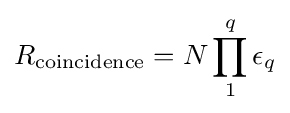
R_{\rm {coincidence}}=N\prod _{1}^{q}\epsilon _{q}